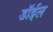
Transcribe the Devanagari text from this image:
डॉईल